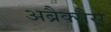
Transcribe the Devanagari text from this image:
अब्रैक्सैस